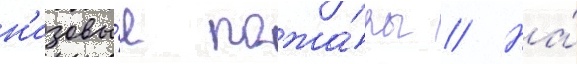
н'изовы́е пожа́ры // На́